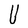
Character: U